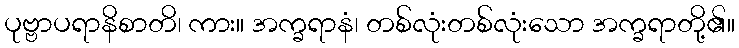
ပုဗ္ဗာပရာနိစာတိ၊ ကား။ အက္ခရာနံ၊ တစ်လုံးတစ်လုံးသော အက္ခရာတို့၏။